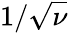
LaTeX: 1/\sqrt\nu